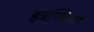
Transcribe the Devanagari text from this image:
इत्रस्कियों